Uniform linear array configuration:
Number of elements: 64
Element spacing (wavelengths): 0.5
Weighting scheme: blackman
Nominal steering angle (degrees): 45
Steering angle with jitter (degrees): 44.035
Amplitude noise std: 0.05
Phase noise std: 0.05

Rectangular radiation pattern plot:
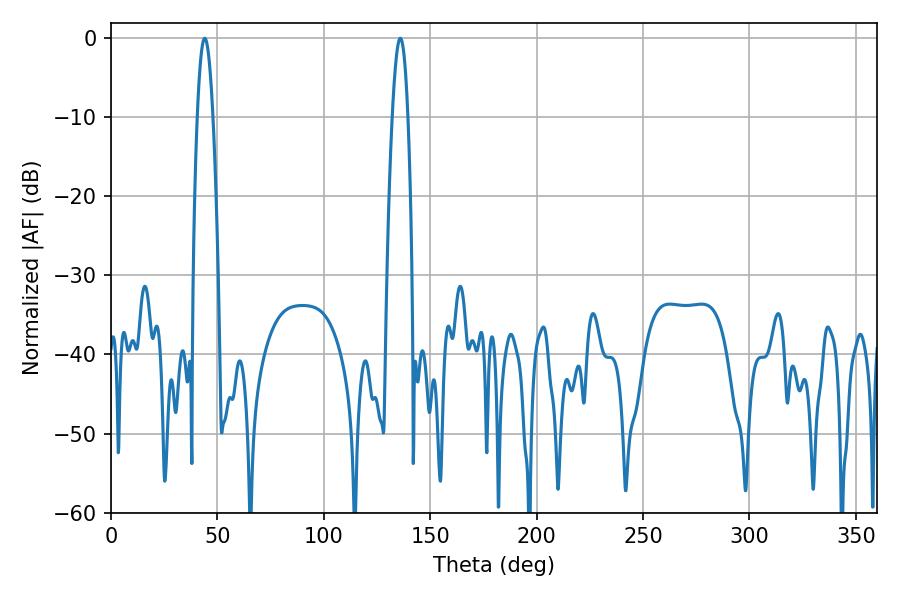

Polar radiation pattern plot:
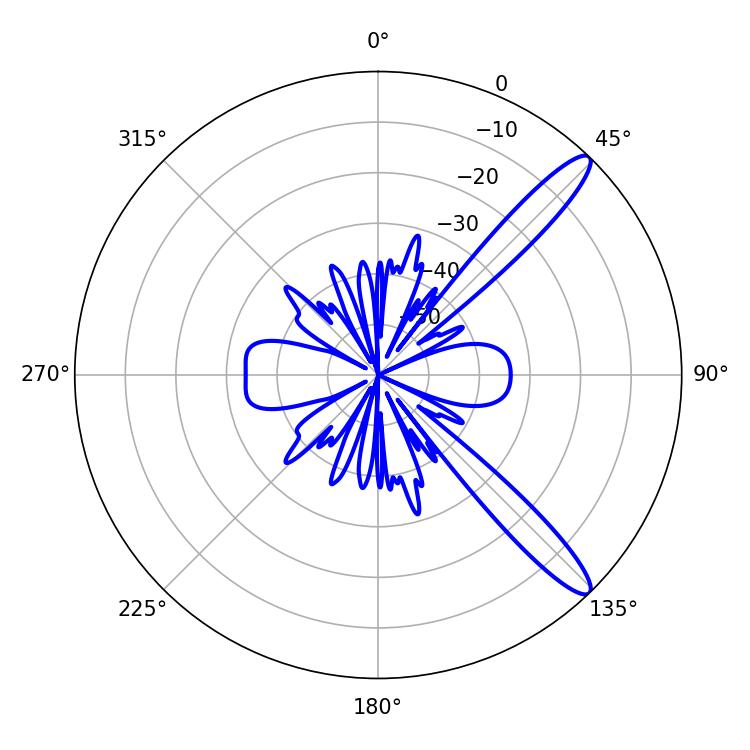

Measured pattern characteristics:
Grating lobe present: FALSE
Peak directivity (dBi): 12.742
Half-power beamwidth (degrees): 3.96
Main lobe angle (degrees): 135.9